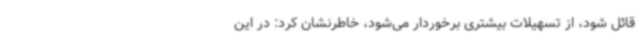
قائل شود، از تسهیلات بیشتری برخوردار می‌شود، خاطرنشان کرد: در این